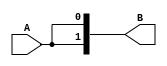
// Copyright (C) 2018  Intel Corporation. All rights reserved.
// Your use of Intel Corporation's design tools, logic functions 
// and other software and tools, and its AMPP partner logic 
// functions, and any output files from any of the foregoing 
// (including device programming or simulation files), and any 
// associated documentation or information are expressly subject 
// to the terms and conditions of the Intel Program License 
// Subscription Agreement, the Intel Quartus Prime License Agreement,
// the Intel FPGA IP License Agreement, or other applicable license
// agreement, including, without limitation, that your use is for
// the sole purpose of programming logic devices manufactured by
// Intel and sold by Intel or its authorized distributors.  Please
// refer to the applicable agreement for further details.

// PROGRAM		"Quartus Prime"
// VERSION		"Version 18.0.0 Build 614 04/24/2018 SJ Lite Edition"
// CREATED		"Fri Oct 25 16:52:12 2019"

module copyer_2b(
	A,
	B
);


input wire	[0:0] A;
output wire	[1:0] B;

wire	[0:0] in;
wire	[1:0] out;




assign	out[1] = in;


assign	out[0] = in;


assign	B = out;
assign	in = A;

endmodule